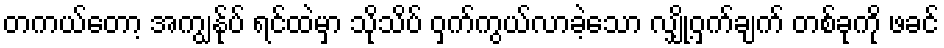
တကယ်တော့ အကျွန်ုပ် ရင်ထဲမှာ သိုသိပ် ဝှက်ကွယ်လာခဲ့သော လျှို့ဝှက်ချက် တစ်ခုကို ဖခင်